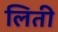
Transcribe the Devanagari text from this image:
लिती